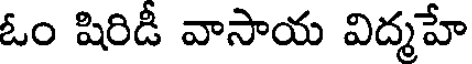
ఓం షిరిడీ వాసాయ విద్మహే